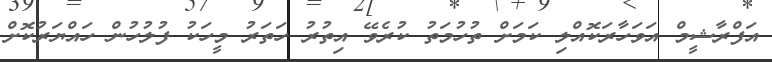
އަފްރާޝީމް އަވަހާރަކޮއްލި ކަމަށް ތުހުމަތު ކުރެވޭ އިތުރު ހަތަރު މީހަކު ފުލުހުން ހައްޔަރުކޮށް